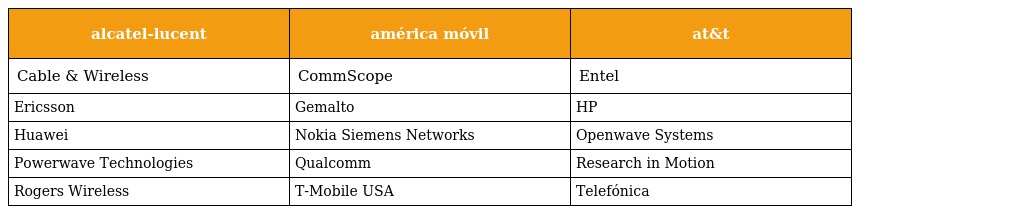
| alcatel-lucent | américa móvil | at&t |
 | --- | --- | --- |
 | Cable & Wireless | CommScope | Entel |
 | Ericsson | Gemalto | HP |
 | Huawei | Nokia Siemens Networks | Openwave Systems |
 | Powerwave Technologies | Qualcomm | Research in Motion |
 | Rogers Wireless | T-Mobile USA | Telefónica |